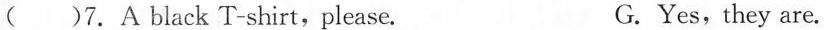
( )7. A black T-shirt,please. G.Yes,they are.